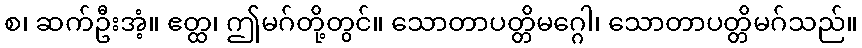
စ၊ ဆက်ဦးအံ့။ ဧတ္ထ၊ ဤမဂ်တို့တွင်။ သောတာပတ္တိမဂ္ဂေါ၊ သောတာပတ္တိမဂ်သည်။